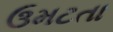
ઉમટતા